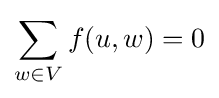
\sum _{w\in V}f(u,w)=0